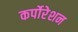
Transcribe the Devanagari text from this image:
कर्पोरेशन